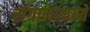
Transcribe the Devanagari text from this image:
संग्रामामध्‍ये